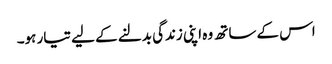
اس کے ساتھ وہ اپنی زندگی بدلنے کے لیے تیار ہو۔